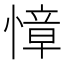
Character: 慞